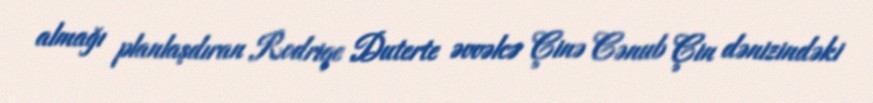
almağı planlaşdıran Rodriqe Duterte əvvəlcə Çinə Cənub Çin dənizindəki